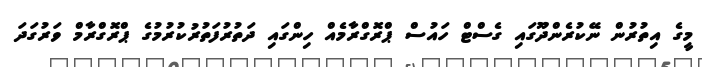
މީގެ އިތުރުން ނޭކުރެންދޫގައި ގެސްޓް ހައުސް ޕްރޮގްރާމެއް ހިންގައި ދަތުރުފަތުރުކުރުމުގެ ޕްރޮގްރާމް ވަރުގަދަ